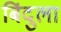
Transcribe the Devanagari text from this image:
बिंदुला